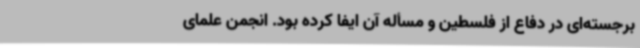
برجسته‌ای در دفاع از فلسطین و مسأله آن ایفا کرده بود. انجمن علمای